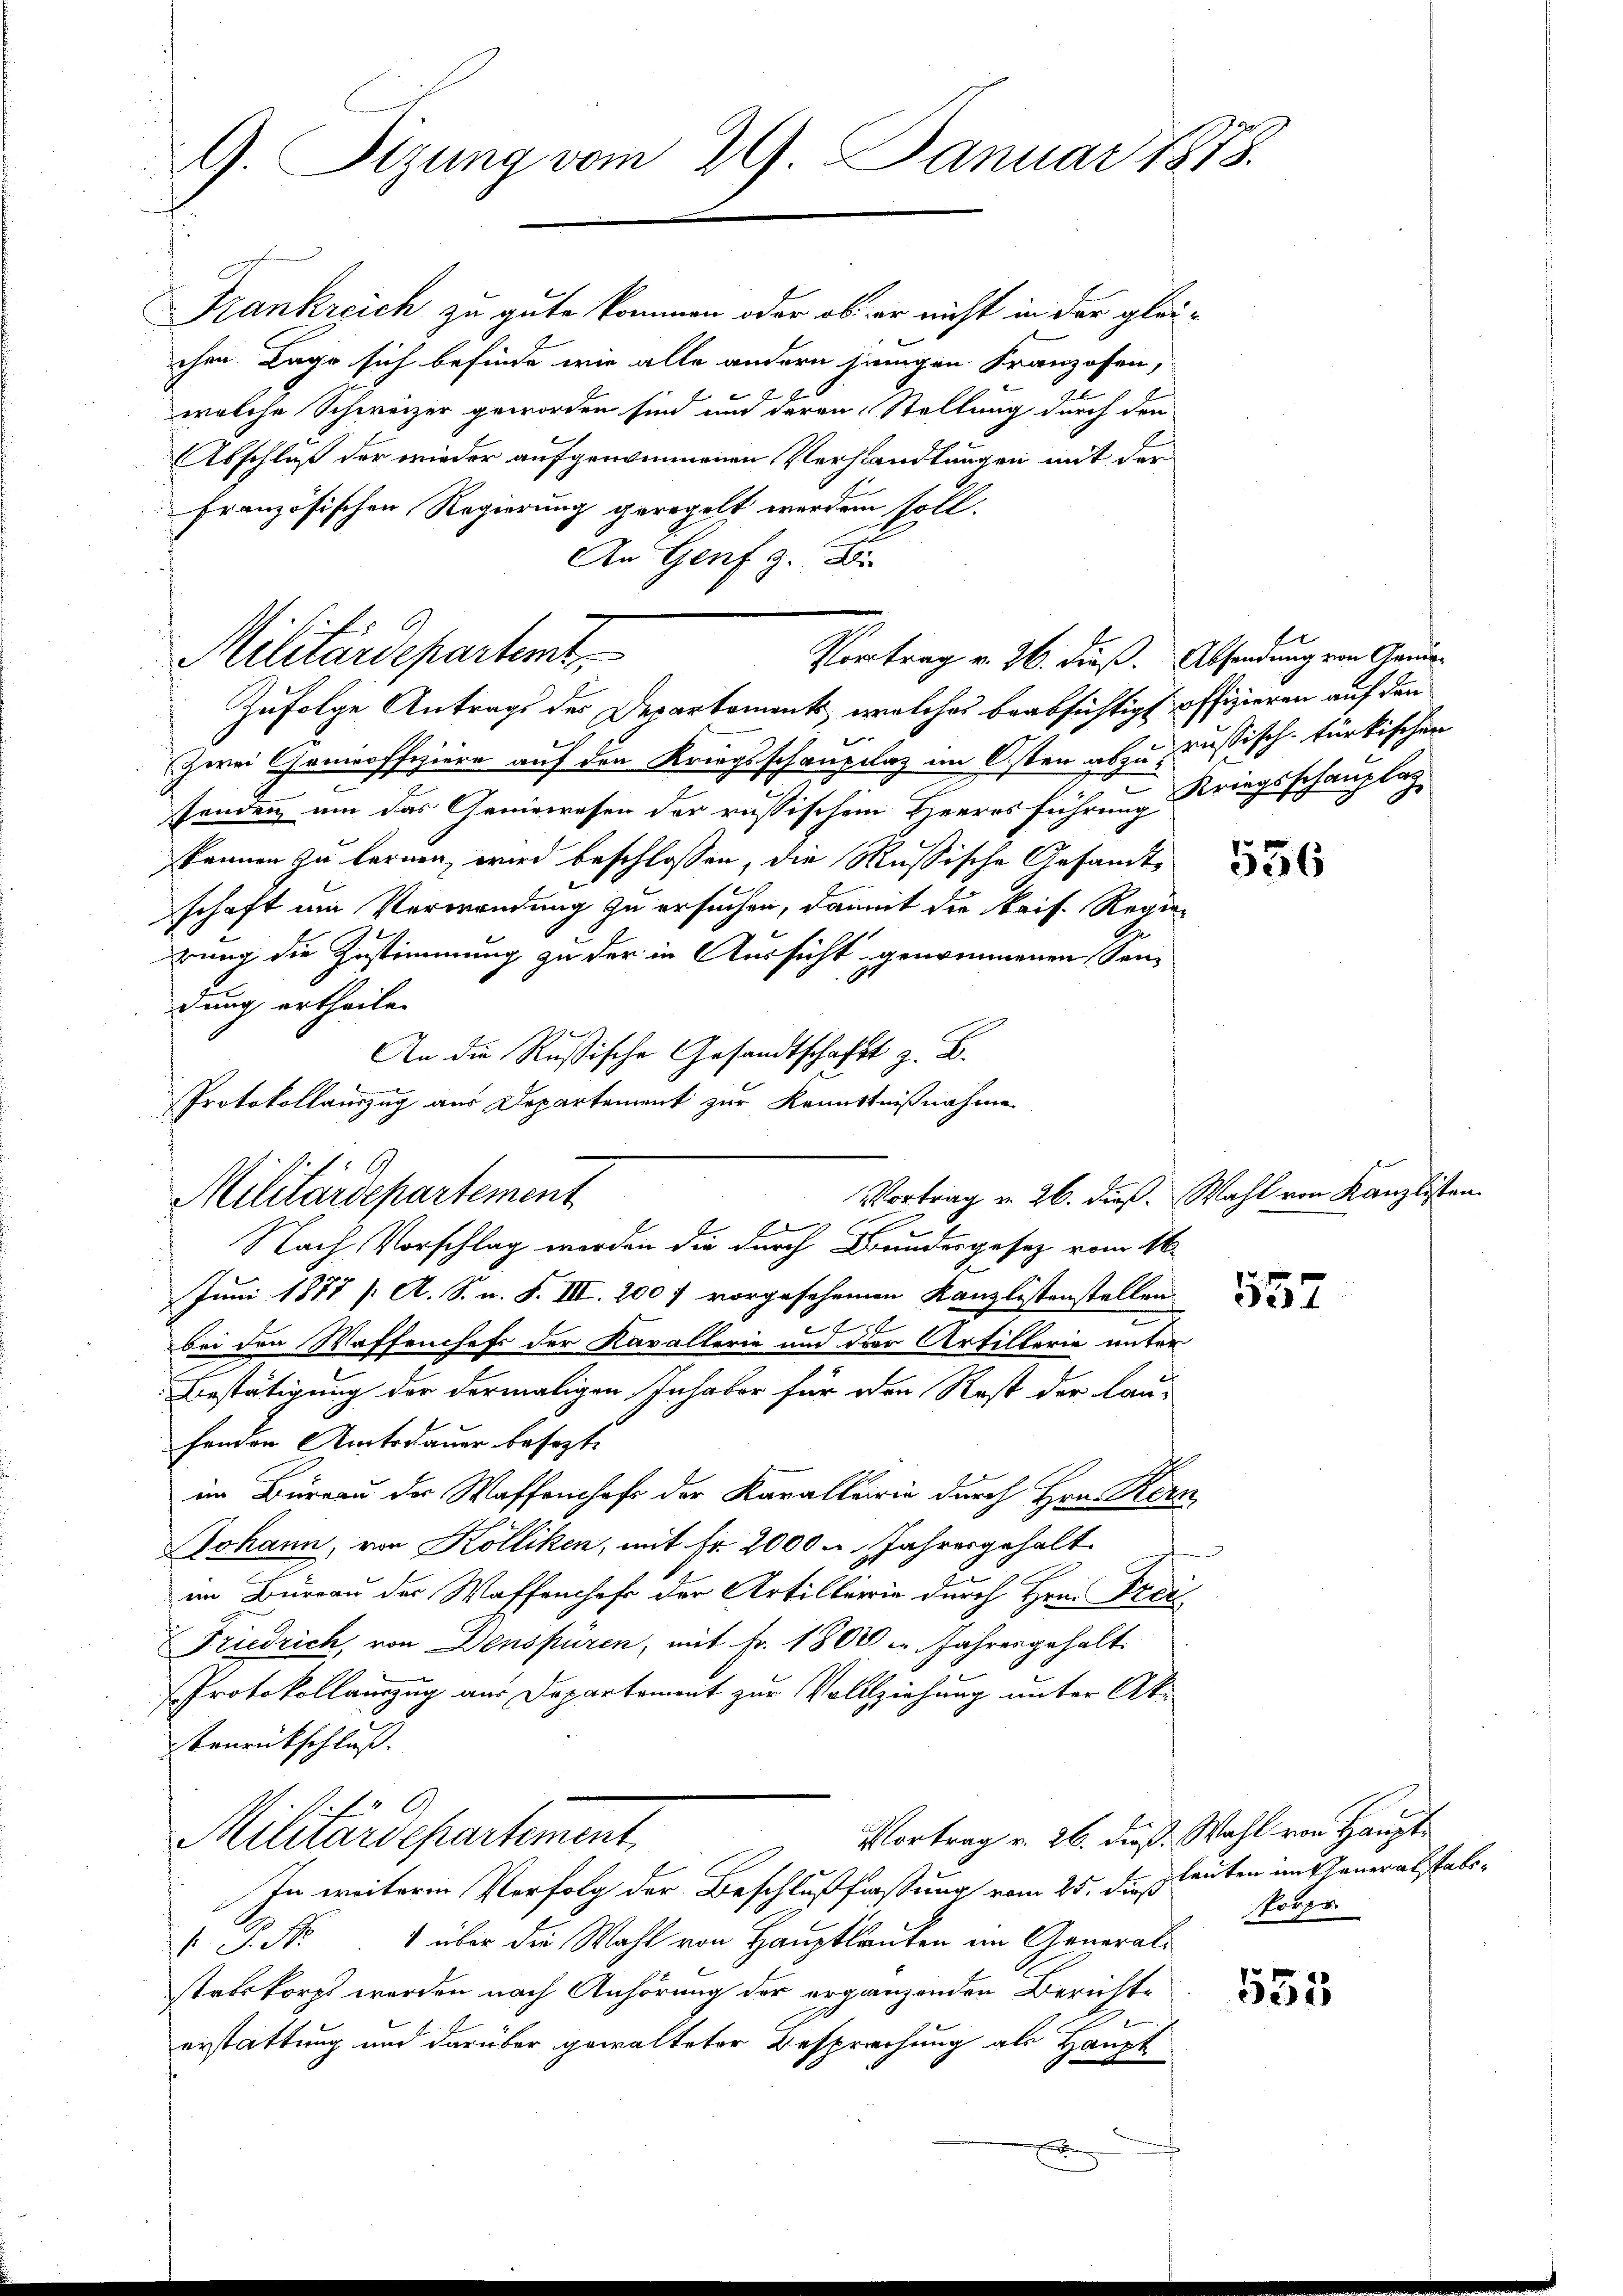
G. Sitzung vom 29. Januar 1878.

Frankreich zu gute kommen oder ob er nicht in der gleichen Lage sich befinde wie alle andern jinngen Franzosen,
.
welche Schweizer geworden sind und deren Stellung durch den
Abschluß der wieder aufgenommenen Verhandlungen mit der
Französischen Regierung geregelt werden soll.
An Genf g

Militärdepartent
Vortrag v. 26. dieß. Absendung von Gan¬

Zufolge Antrags des Departements, welches beabsichtigt offizieren auf den
Zwei Genieoffiziere auf den Kriegsschauplaz im Osten abzuzaussisch-türkischen
senden, um das Geniewesen der russischem Herres führung Kriegsschauptag
können zu lernen wird beschlossen, die Russische Gesandtschaft am Verwendung zu ersuchen, damit die kais. Regierung die Zustimmung zu der in Aussicht genommenen Sen-
dung ertheilen
An die Rußische Gesandtschafft z. B.
f
s
Protokollauszug aus Departement zur Kenntnißnahme

Militärdepartement
Nach Vorschlag werden die durch Bundesgesez vom 16.

E

Juni 1877 / A. S. n. F. III. 200 f vorgesehenen Kanzlistenstellen
2
1
bei den Waffenchefs der Kavallerie und der Artillerie unter
Bestätigung der dermaligen Inhaber für den Rest der Lau-
fenden Amtsdauer besezte
im Büreau der Waffenhofs der Karallerie durch Hrn. Kern,
Johann, von Kölliken, mit Fr. 2000 u. Jahresgehalt
im Bureau der Waffenshofe der Artillerie durch Hrn. Frei
Friedrich, von Denspüren, mit Fr. 1800 u. Jahrengehalt
Protokollauszug aus Departement zur Vollziehung unter Ak¬
Trueütschluss. |
f
Vortrag v. 26. dieß. Wahl von Haupt¬
Kiliardepartement
In weitere Verfolg der Beschlußfassung vom 25. des Heuten im Veneralstabs¬
 P. Nr. 1 über die Wahl von Hauptlauten im Generali
stabskorpt worden nach Anhörung der ergänzenden Berichte
erstattung und darüber gewalteter Besprechung als Haupt
x

556

557

555

Vortrag v. 26. dieß. Wahl von Kanzlisten.

sporps